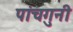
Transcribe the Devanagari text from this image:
पांचगुनी